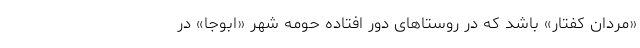
«مردان کفتار» باشد که در روستا‌های دور افتاده حومه شهر «ابوجا» در